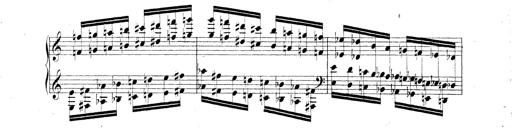
Title: Technische Studien
Composer: Franz Liszt